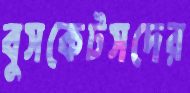
বুসকেটসদের